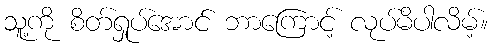
သူ့ကို စိတ်ရှုပ်အောင် ဘာကြောင့် လုပ်မိပါလိမ့်။